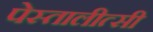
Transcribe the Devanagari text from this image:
पेस्तालीत्सी